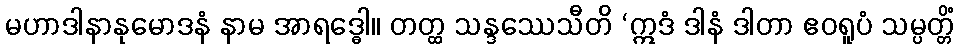
မဟာဒါနာနုမောဒနံ နာမ အာရဒ္ဓေါ။ တတ္ထ သန္ဒဿေသီတိ ‘ဣဒံ ဒါနံ ဒါတာ ဧဝရူပံ သမ္ပတ္တိံ